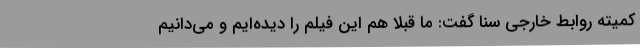
کمیته روابط خارجی سنا گفت: ما قبلا هم این فیلم را دیده‌ایم و می‌دانیم